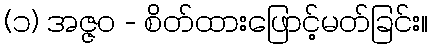
(၁) အဇ္ဇဝ - စိတ်ထားဖြောင့်မတ်ခြင်း။